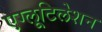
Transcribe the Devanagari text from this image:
एग्लूटिलेशन